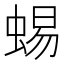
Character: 蜴